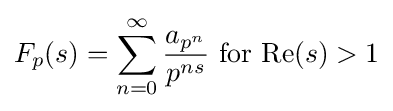
F_{p}(s)=\sum _{n=0}^{\infty }{\frac {a_{p^{n}}}{p^{ns}}}{\text{ for Re}}(s)>1